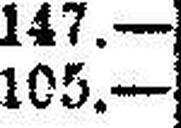
105.—